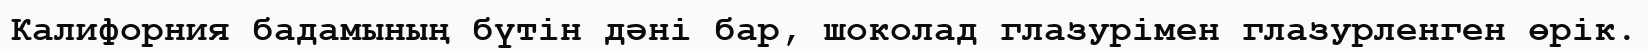
Калифорния бадамының бүтін дәні бар, шоколад глазурімен глазурленген өрік.